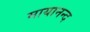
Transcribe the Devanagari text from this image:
मायानन्द